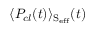
\langle P _ { c l } ( t ) \rangle _ { \mathrm { { S _ { e f f } } } } ( t )